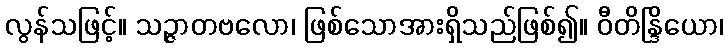
လွန်သဖြင့်။ သဉ္ဇာတဗလော၊ ဖြစ်သောအားရှိသည်ဖြစ်၍။ ဝီတိန္ဒြိယော၊